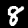
Label: 8